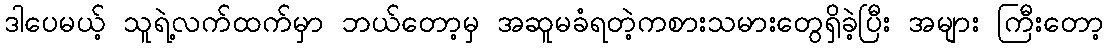
ဒါပေမယ့် သူရဲ့လက်ထက်မှာ ဘယ်တော့မှ အဆူမခံရတဲ့ကစားသမားတွေရှိခဲ့ပြီး အများ ကြီးတော့